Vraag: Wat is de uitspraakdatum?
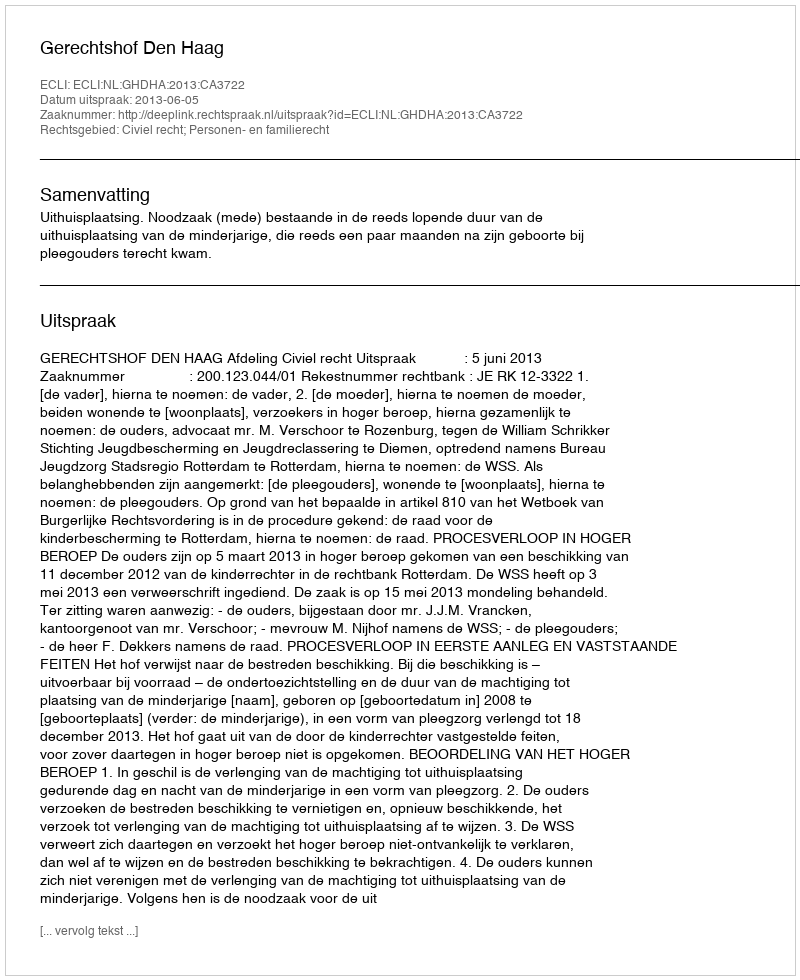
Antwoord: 2013-06-05